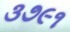
૩૭૯૧